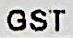
GST